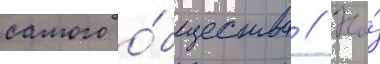
самого о́бщества // На́